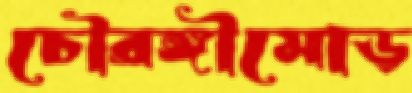
চৌরঙ্গীমোড়